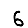
Digit: 6